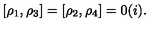
[ \rho _ { 1 } , \rho _ { 3 } ] = [ \rho _ { 2 } , \rho _ { 4 } ] = 0 ( i ) .